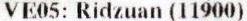
VE05: RIDZUAN (11900)